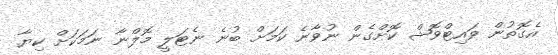
އެގޮތުން ވައިޓްވޮޝް ކޮށްގެން ނުވާނެ ކަމަށް ބުނެ ނެޓަލީ މޮލްނާ ނަމަކަށް ކިޔާ